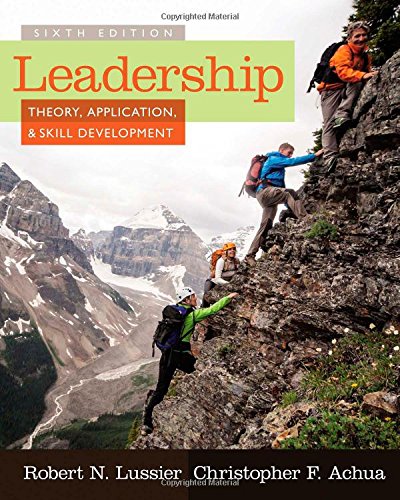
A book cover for Leadership: Theory, Application, & Skill Development; Robert N. Lussier; Business & Money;